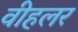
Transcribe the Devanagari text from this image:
वीहलर